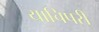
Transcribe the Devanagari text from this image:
याचिपरी